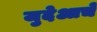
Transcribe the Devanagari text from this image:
जुदेआचे